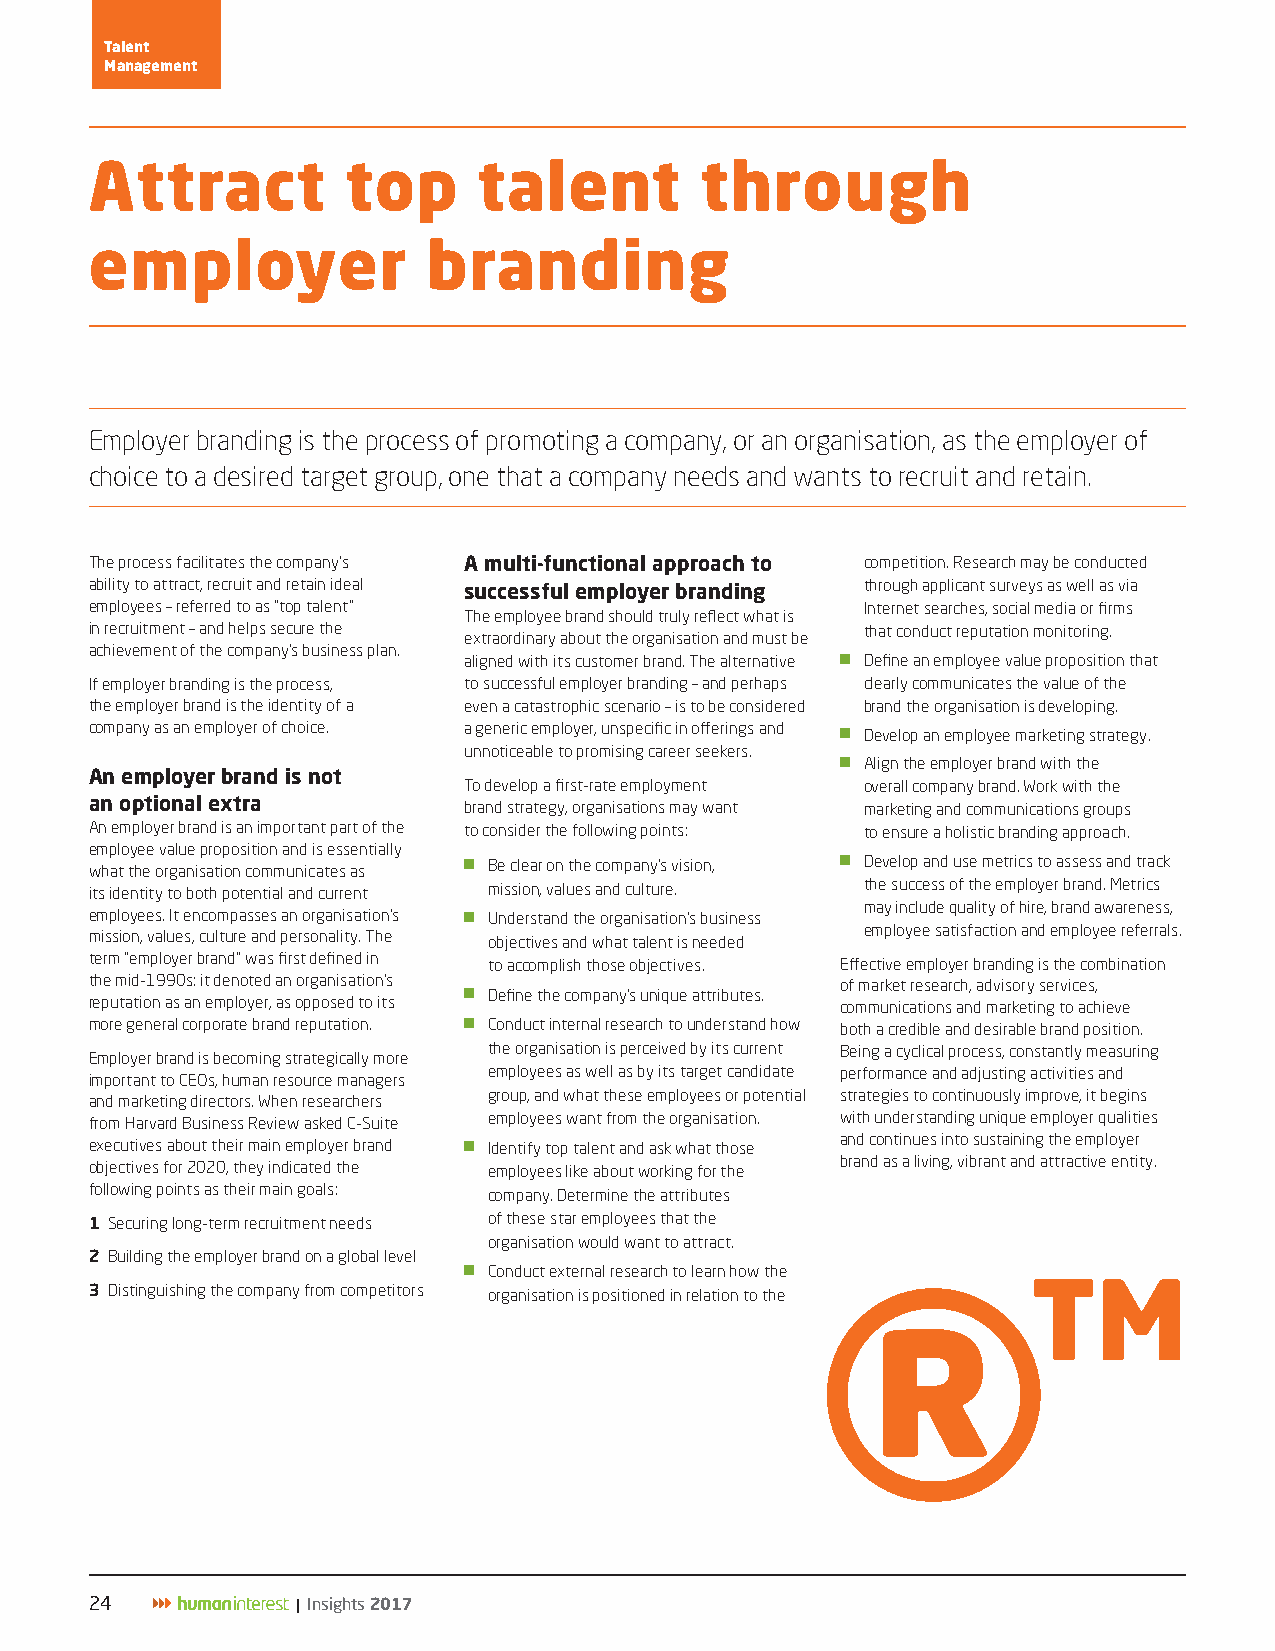
Talent
 Management
 Attract          top      talent        through
 employer              branding
 Employer branding is the process of promoting a company, or an organisation, as the employer of
 choice to a desired target group, one that a company needs and wants to recruit and retain.
 The process facilitates the company’s A multi-functional approach to competition. Research may be conducted
 ability to attract, recruit and retain ideal successful employer branding through applicant surveys as well as via
 employees – referred to as “top talent”            Internet searches, social media or firms
 The employee brand should truly reflect what is
 in recruitment – and helps secure the              that conduct reputation monitoring.
 extraordinary about the organisation and must be
 achievement of the company’s business plan.
 aligned with its customer brand. The alternative JJ Define an employee value proposition that
 If employer branding is the process, to successful employer branding – and perhaps clearly communicates the value of the
 the employer brand is the identity of a even a catastrophic scenario – is to be considered brand the organisation is developing.
 company as an employer of choice. a generic employer, unspecific in offerings and
 JJ Develop an employee marketing strategy.
 unnoticeable to promising career seekers.
 JJ Align the employer brand with the
 An employer brand is not
 To develop a first-rate employment overall company brand. Work with the
 an optional extra        brand strategy, organisations may want marketing and communications groups
 An employer brand is an important part of the to consider the following points: to ensure a holistic branding approach.
 employee value proposition and is essentially
 what the organisation communicates as JJ Be clear on the company’s vision, JJ Develop and use metrics to assess and track
 its identity to both potential and current mission, values and culture. the success of the employer brand. Metrics
 may include quality of hire, brand awareness,
 employees. It encompasses an organisation’s JJ Understand the organisation’s business
 employee satisfaction and employee referrals.
 mission, values, culture and personality. The objectives and what talent is needed
 term “employer brand” was first defined in to accomplish those objectives. Effective employer branding is the combination
 the mid-1990s: it denoted an organisation’s       of market research, advisory services,
 JJ Define the company’s unique attributes.
 reputation as an employer, as opposed to its      communications and marketing to achieve
 more general corporate brand reputation. JJ Conduct internal research to understand how both a credible and desirable brand position.
 the organisation is perceived by its current Being a cyclical process, constantly measuring
 Employer brand is becoming strategically more
 employees as well as by its target candidate performance and adjusting activities and
 important to CEOs, human resource managers
 group, and what these employees or potential strategies to continuously improve, it begins
 and marketing directors. When researchers
 from Harvard Business Review asked C-Suite employees want from the organisation. with understanding unique employer qualities
 and continues into sustaining the employer
 executives about their main employer brand JJ Identify top talent and ask what those
 brand as a living, vibrant and attractive entity.
 objectives for 2020, they indicated the employees like about working for the
 following points as their main goals: company. Determine the attributes
 1 Securing long-term recruitment needs of these star employees that the
 organisation would want to attract.
 2 Building the employer brand on a global level
 JJ Conduct external research to learn how the
 TM
 3 Distinguishing the company from competitors organisation is positioned in relation to the ®
 24            | Insights 2017